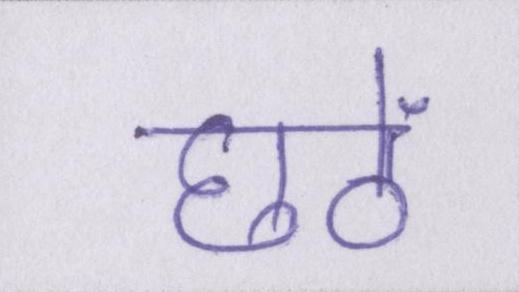
छठें